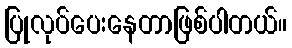
ပြုလုပ်ပေးနေတာဖြစ်ပါတယ်။